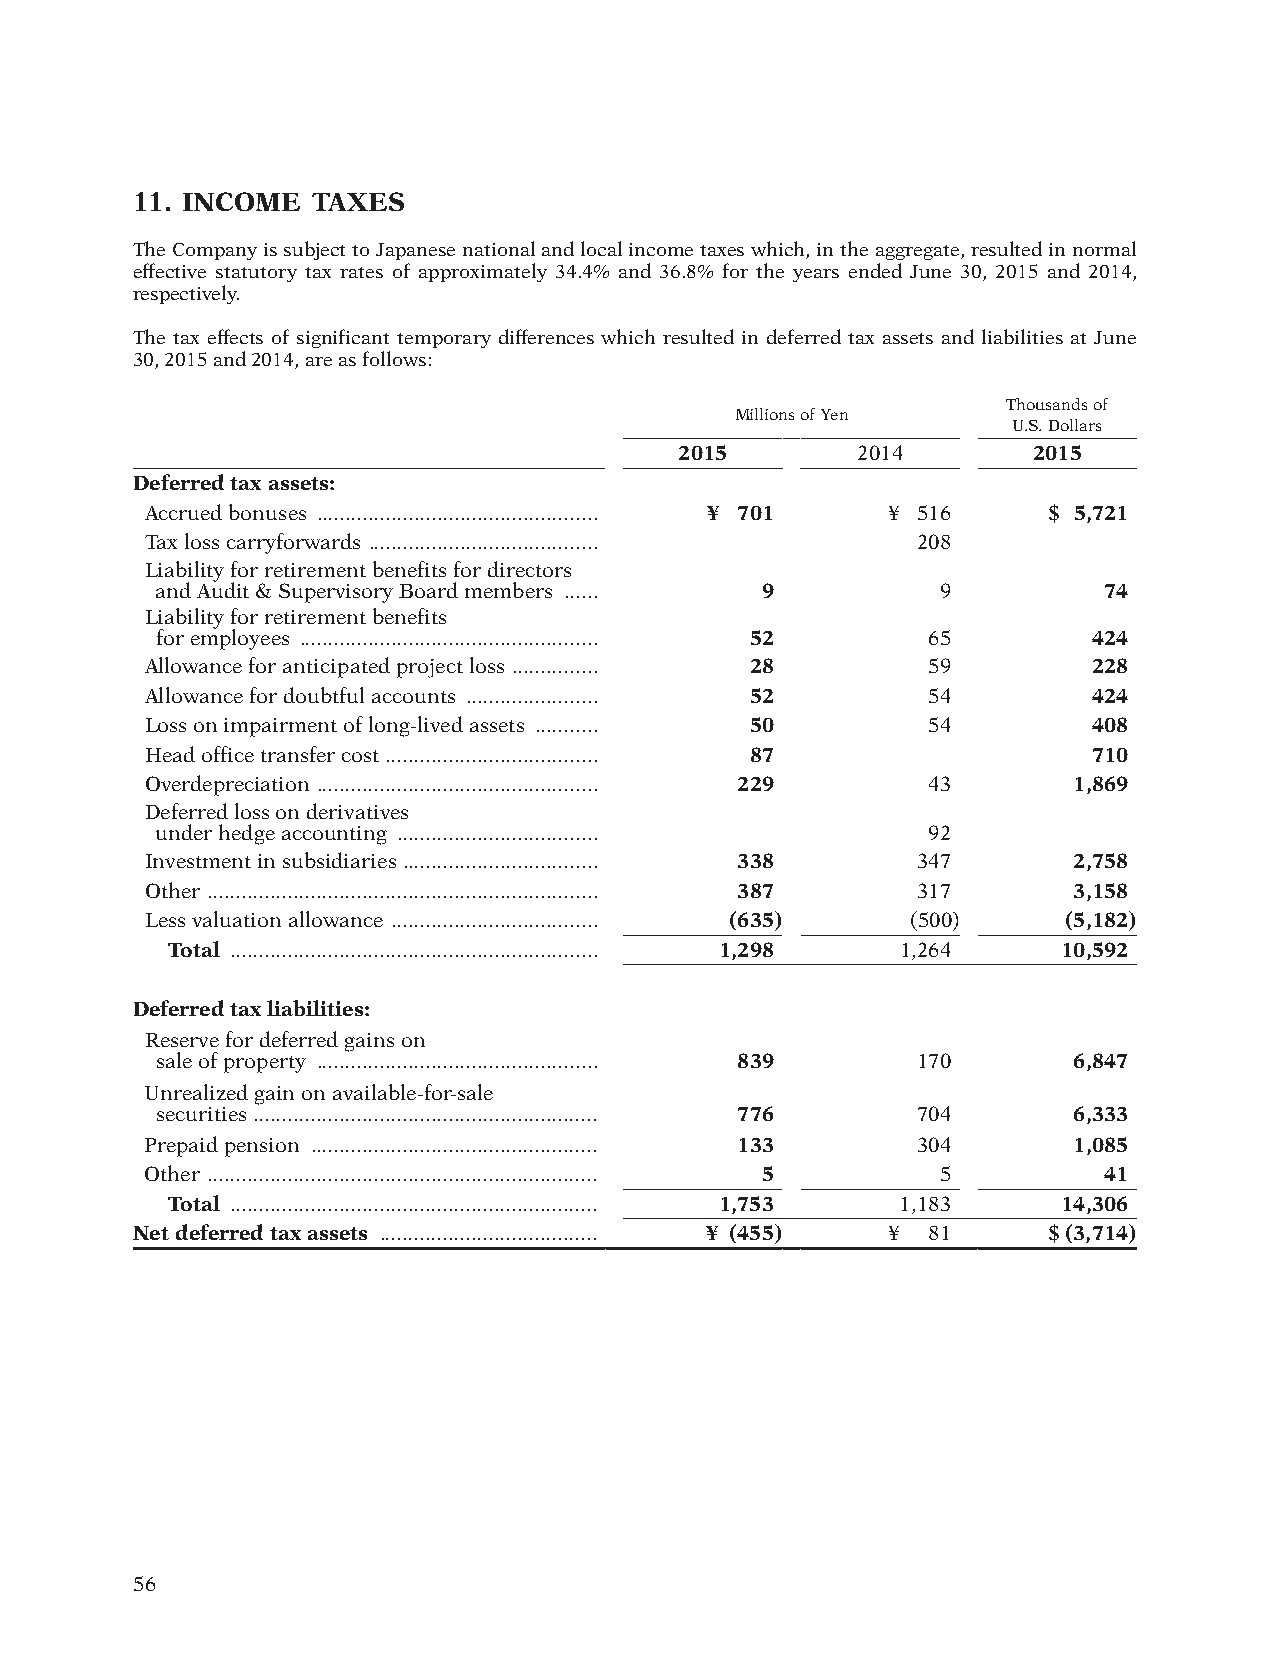
11. INCOME  TAXES
 The Company is subject to Japanese national and local income taxes which, in the aggregate, resulted in normal
 effective statutory tax rates of approximately 34.4% and 36.8% for the years ended June 30, 2015 and 2014,
 respectively.
 The tax effects of significant temporary differences which resulted in deferred tax assets and liabilities at June
 30, 2015 and 2014, are as follows:
 Thousands of
 Millions of Yen
 U.S. Dollars
 2015        2014       2015
 Deferred tax assets:
 Accrued bonuses ................................................. ¥ 701 ¥ 516 $ 5,721
 Tax loss carryforwards ........................................ 208
 Liability for retirement benefits for directors
 and Audit & Supervisory Board members ...... 9      9          74
 Liability for retirement benefits
 for employees .................................................... 52 65 424
 Allowance for anticipated project loss ............... 28 59  228
 Allowance for doubtful accounts ....................... 52 54 424
 Loss on impairment of long-lived assets ........... 50 54     408
 Head office transfer cost ..................................... 87 710
 Overdepreciation ................................................. 229 43 1,869
 Deferred loss on derivatives
 under hedge accounting ................................... 92
 Investment in subsidiaries .................................. 338 347 2,758
 Other .................................................................... 387 317 3,158
 Less valuation allowance .................................... (635) (500) (5,182)
 Total ................................................................ 1,298 1,264 10,592
 Deferred tax liabilities:
 Reserve for deferred gains on
 sale of property ................................................. 839 170 6,847
 Unrealized gain on available-for-sale
 securities ............................................................ 776 704 6,333
 Prepaid pension .................................................. 133 304 1,085
 Other .................................................................... 5 5 41
 Total ................................................................ 1,753 1,183 14,306
 Net deferred tax assets ...................................... ¥ (455) ¥ 81 $ (3,714)
 56
 012_0612001372710.indd 56                                              2015/11/16 22:22:17